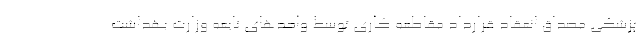
پزشکی مصداق انعقاد قرارداد مقاطعه کاری توسط واحدهای تابعه وزارت بهداشت